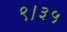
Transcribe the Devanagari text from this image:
९।३५